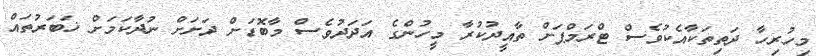
މިހުރިހާ ދަތިތަކާއެކުވެސް ޓްރަމްޕަށް ތާއީދުކުރާ މީހުންގެ އަދަދުވެސް މާބޮޑަށް ދަށަށް ނުދާކަމަށް ޚަބަރުތައް